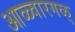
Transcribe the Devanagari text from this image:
आळ्वारगळ्